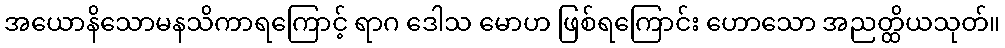
အယောနိသောမနသိကာရကြောင့် ရာဂ ဒေါသ မောဟ ဖြစ်ရကြောင်း ဟောသော အညတ္ထိယသုတ်။